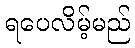
ရပေလိမ့်မည်